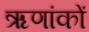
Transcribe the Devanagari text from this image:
ऋणांकों